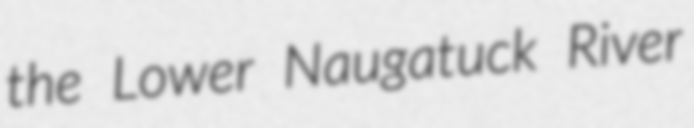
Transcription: the Lower Naugatuck River